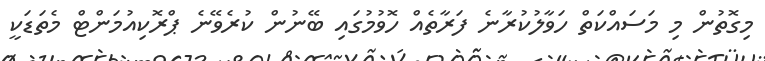
މިގޮތުން މި މަސައްކަތް ހަވާލުކުރާނެ ފަރާތެއް ހޮވުމުގައި ބޭނުން ކުރެވޭނެ ޕްރޮކިއުމަންޓް މެތަޑަކީ